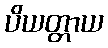
ပိယတ္တာယ